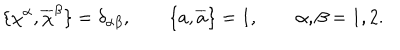
\{ \chi ^ { \alpha } , \overline { { { \chi } } } ^ { \beta } \} = \delta _ { \alpha \beta } , \qquad \{ a , \overline { { { a } } } \} = 1 , \qquad \alpha , \beta = 1 , 2 .